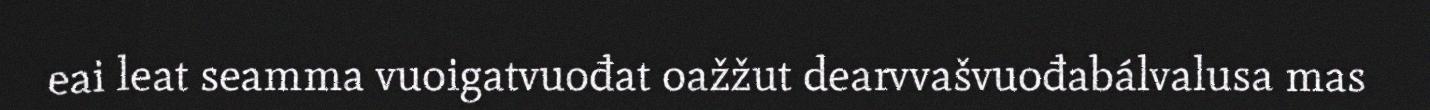
eai leat seamma vuoigatvuođat oažžut dearvvašvuođabálvalusa mas